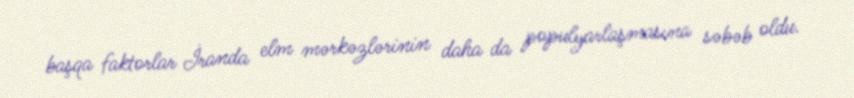
başqa faktorlar İranda elm mərkəzlərinin daha da populyarlaşmasına səbəb oldu.